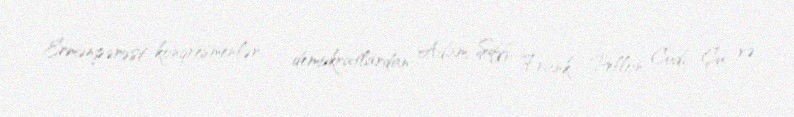
Ermənpərəst konqresmenlər – demokratlardan Adam Şiff, Frank Pellon, Cudi Çu və